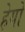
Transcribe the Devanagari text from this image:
हेयो